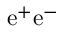
\mathrm { e ^ { + } e ^ { - } }